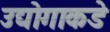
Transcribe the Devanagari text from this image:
उद्योगाकडे